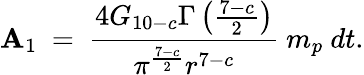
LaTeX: \mathbf{A}_{1}~=~\frac{{4G_{10-c}\Gamma\left(\frac{{7-c}}{{2}}\right)}}{{\pi^{\frac{{7-c}}{{2}}}r^{7-c}}}~m_{p}~dt.